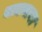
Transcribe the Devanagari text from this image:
बाग़बाना